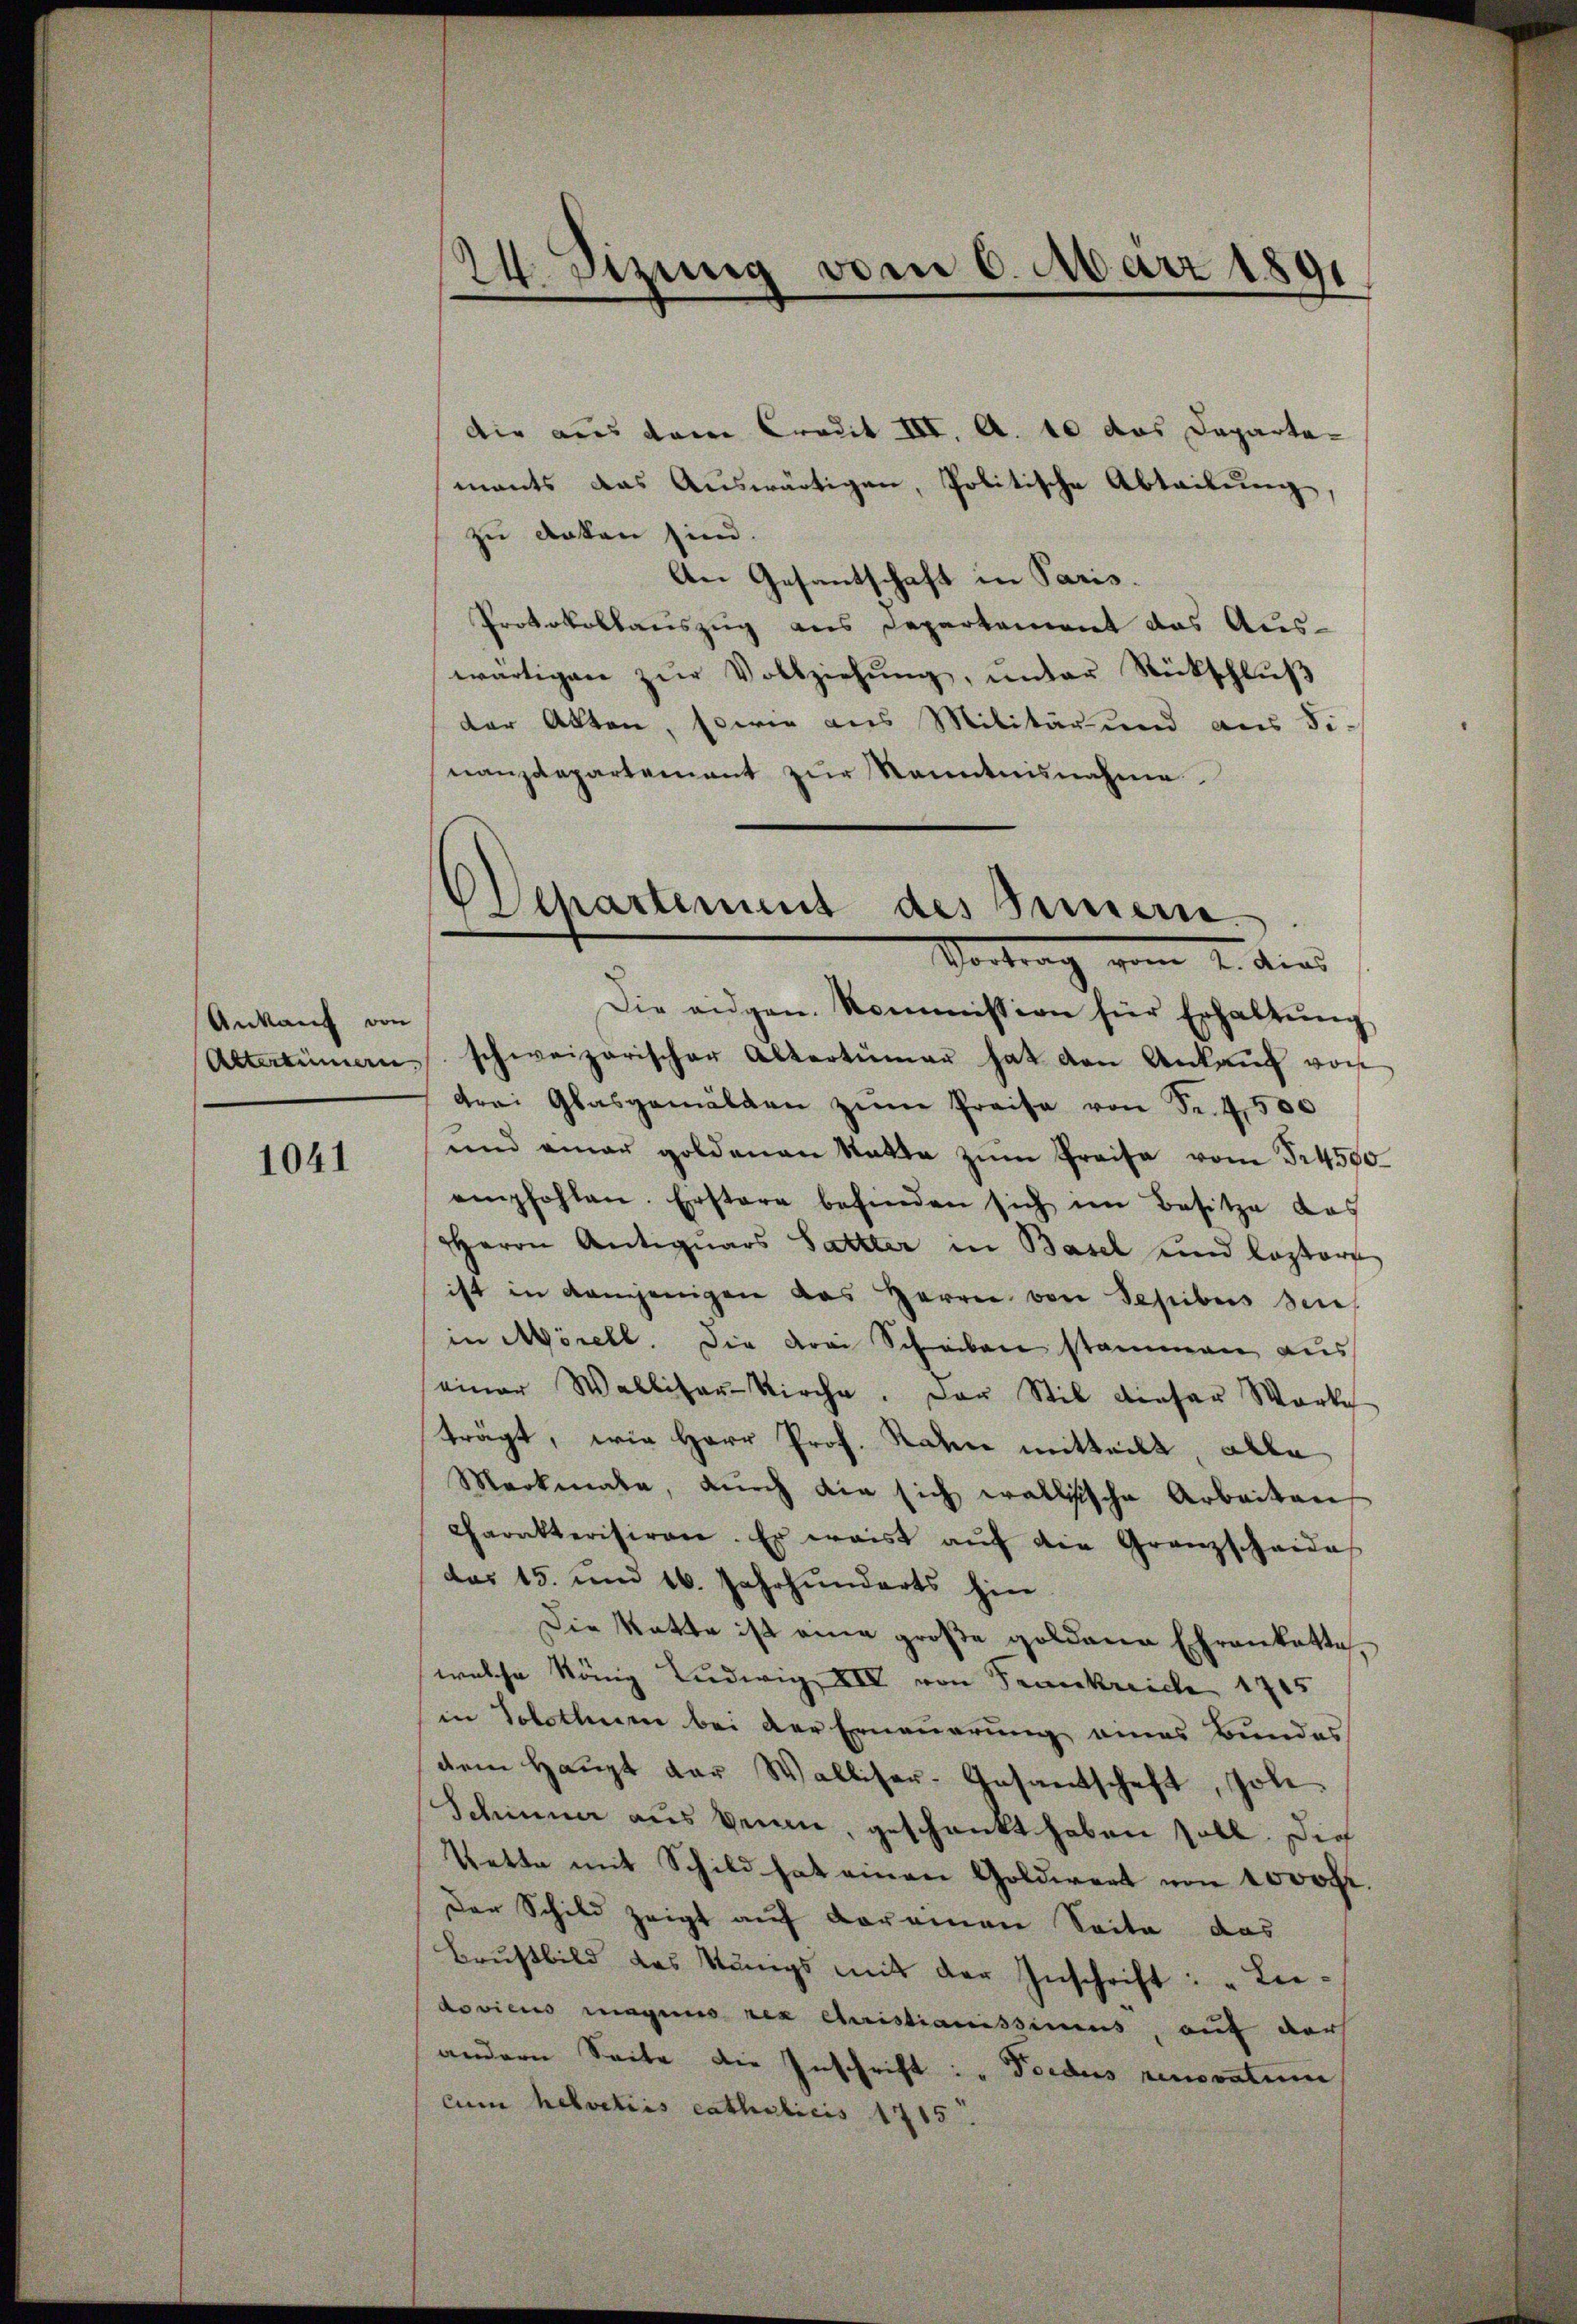
Ankauf von

1041

24. Stzung vom 6. März 1891

Die aus dem Credit III. A. 10 das Departemants das Auswärtigen, Politische Abteilung
zu anten sind.
An Gesantschaft in Paris.
Protokollauszug aus Departement das Aus-
wärtigen zŭr Vollziehŭng ŭnter Rückschlŭβ
der Akten, sowie aus Militär und aus Fi-
nanzdepartement zŭr Kenntnisnahme

¬
" Departement des Simere.
Vortrag vom 2. dies

Die eidgen. Kommission für Erhaltŭng
Altertümern schweizerischer Altertümer hat den Ankaŭf von
drei Glasgemälden zŭm Preise von Sr. 4500
und einer goldenen Statte zŭm Preise vom 524500.
empfohlen. Erstere befinden sich im Besitze das
Herrn Antiquars Sattter in Basel und leztere
ist in demjenigen das Herrn von Sepibus sei
in Morell. Die drei Scheiben stammen aus
einer Walliser-Kirche. Der Stil dieser Worte
trägt, wie Herr Prof. Rahn mitteilt, alle
Merkmale, durch die sich wallische Arbeiten
Charakterisiren. Er waist aŭf die Granzscheide
das 15. und 16. Jahrhunderts hin
Die Katte ist eine große goldene Ehrankette,
welche König Ludwig VII von Frankreich 1705
in Solothur bei der Erneuerung eines Bundes
dem Haŭpt der Walliser-Gesamtschaft, Joh.
Schine aus denen, geschenkt haben soll. Dies
Vette mit Schild hat einen Goldwert von 1000 Fr.
Der Schild zeigt auf dareinen Seite das
Brŭstbild das Königs mit der Inschrift: „Leidovicus magens res Christianissimus, auf dar
andern Seite die Inschrift: „Toedus renovatim
cm helvetias catholicis 1715